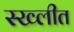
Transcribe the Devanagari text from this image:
स्ख्लीत